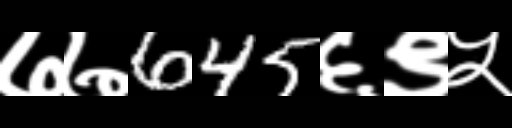
Text: ७७645६९५